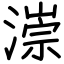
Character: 漴